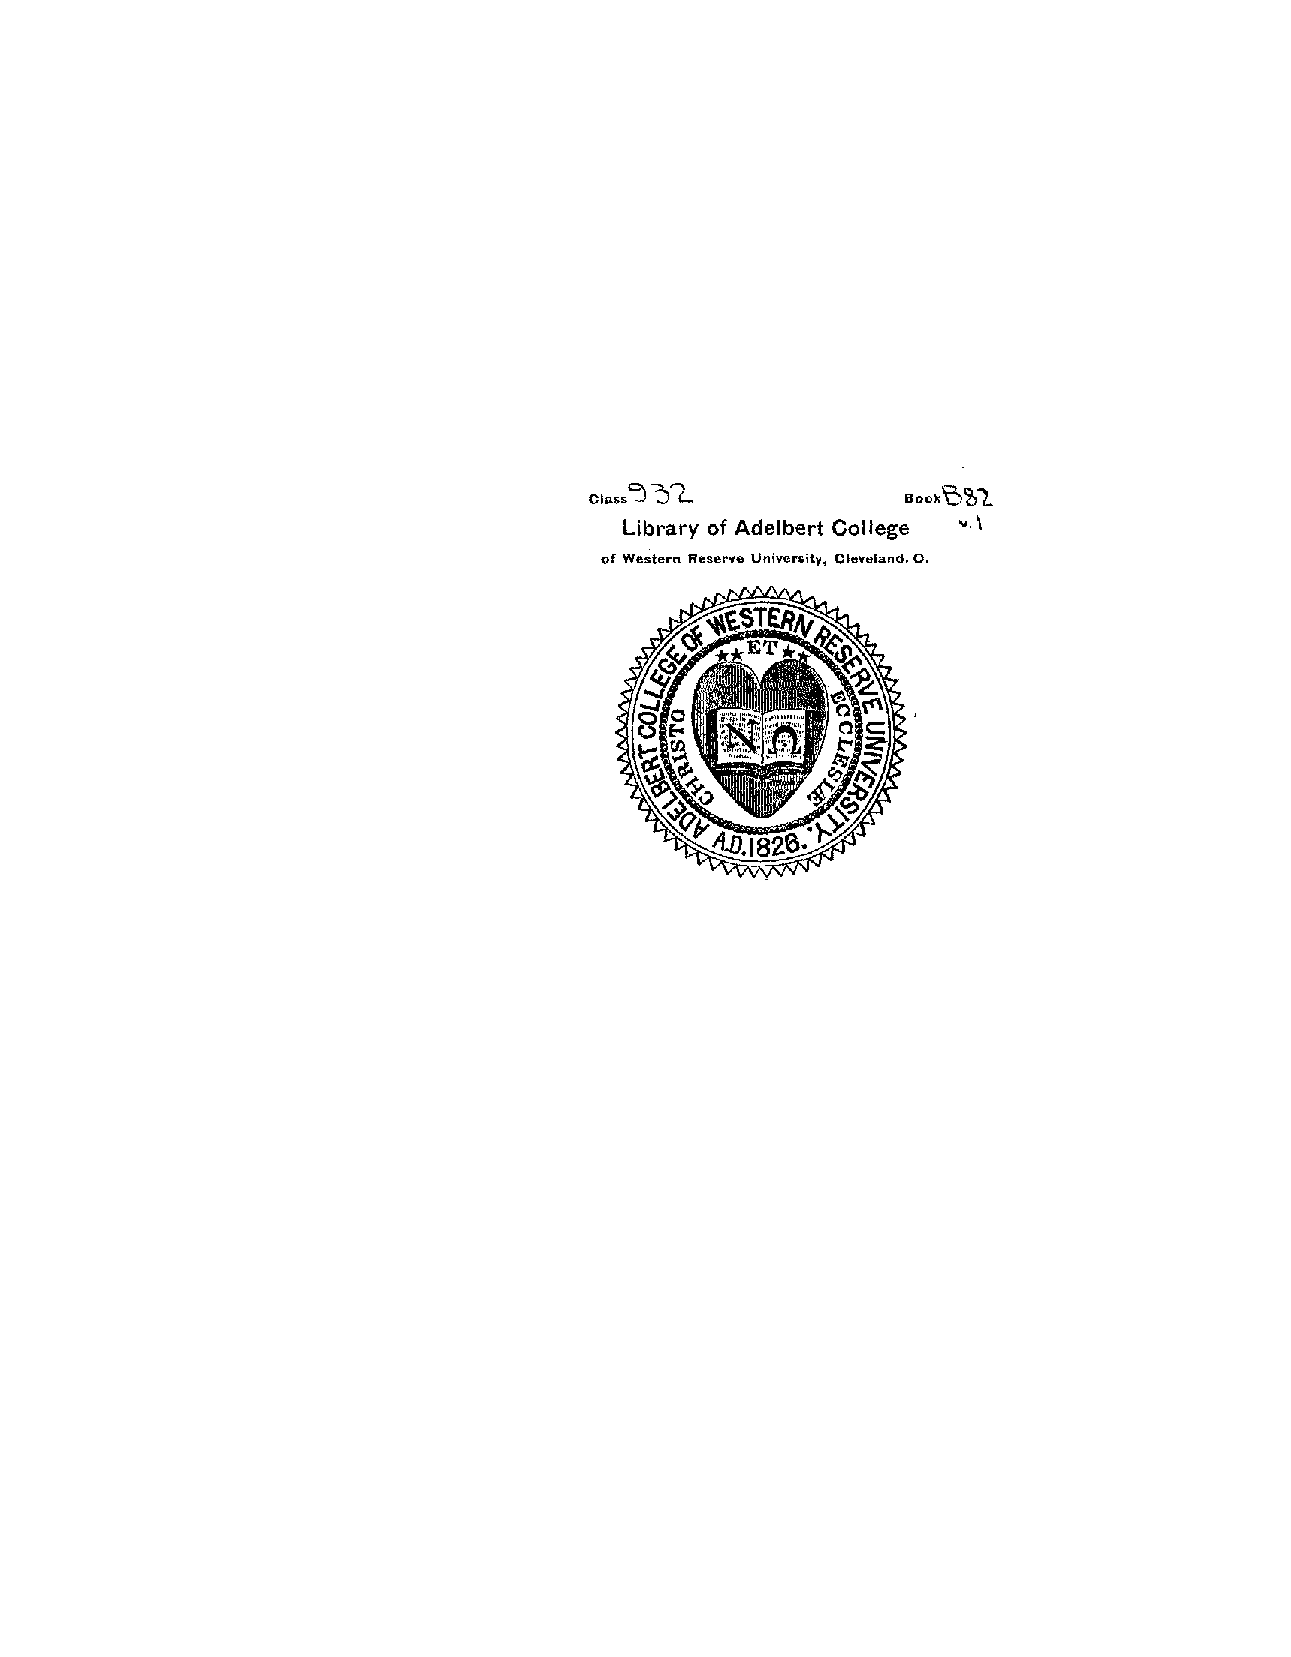
32
 CI,,.~               ~ 0 0 k 8 8 1
 Library of Adelbert College v.'
 of Western Reserve University, Clsveland. 0.